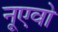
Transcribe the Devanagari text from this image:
नूएवो